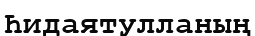
Һидаятулланың